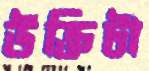
উক্তিটা